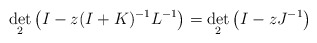
\begin{align*}\det_{2}\left(I-z(I+K)^{-1}L^{-1}\right)=\det_{2}\left(I-zJ^{-1}\right)\end{align*}